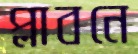
প্লাবনে